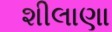
શીલાણા